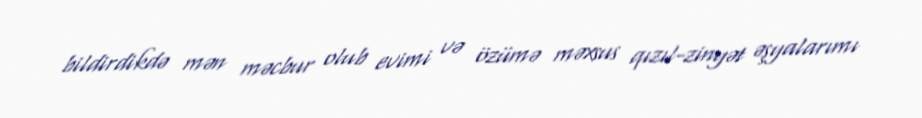
bildirdikdə mən məcbur olub evimi və özümə məxsus qızıl-zinyət əşyalarımı